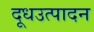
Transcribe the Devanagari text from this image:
दूधउत्पादन